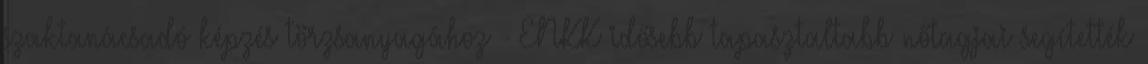
szaktanácsadó képzés törzsanyagához - ENKK idősebb tapasztaltabb nőtagjai segítették